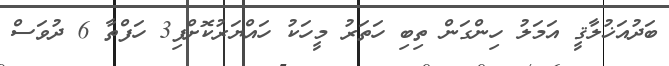
ބަދުއަޚުލާޤީ އަމަލު ހިންގަން ތިބި ހަތަރު މީހަކު ހައްޔަރުކޮށްފި3 ހަފްތާ 6 ދުވަސް